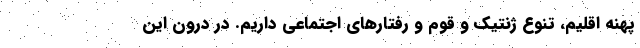
پهنه اقلیم، تنوع ژنتیک و قوم و رفتارهای اجتماعی داریم. در درون این